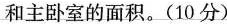
和主卧室的面积。(10分)